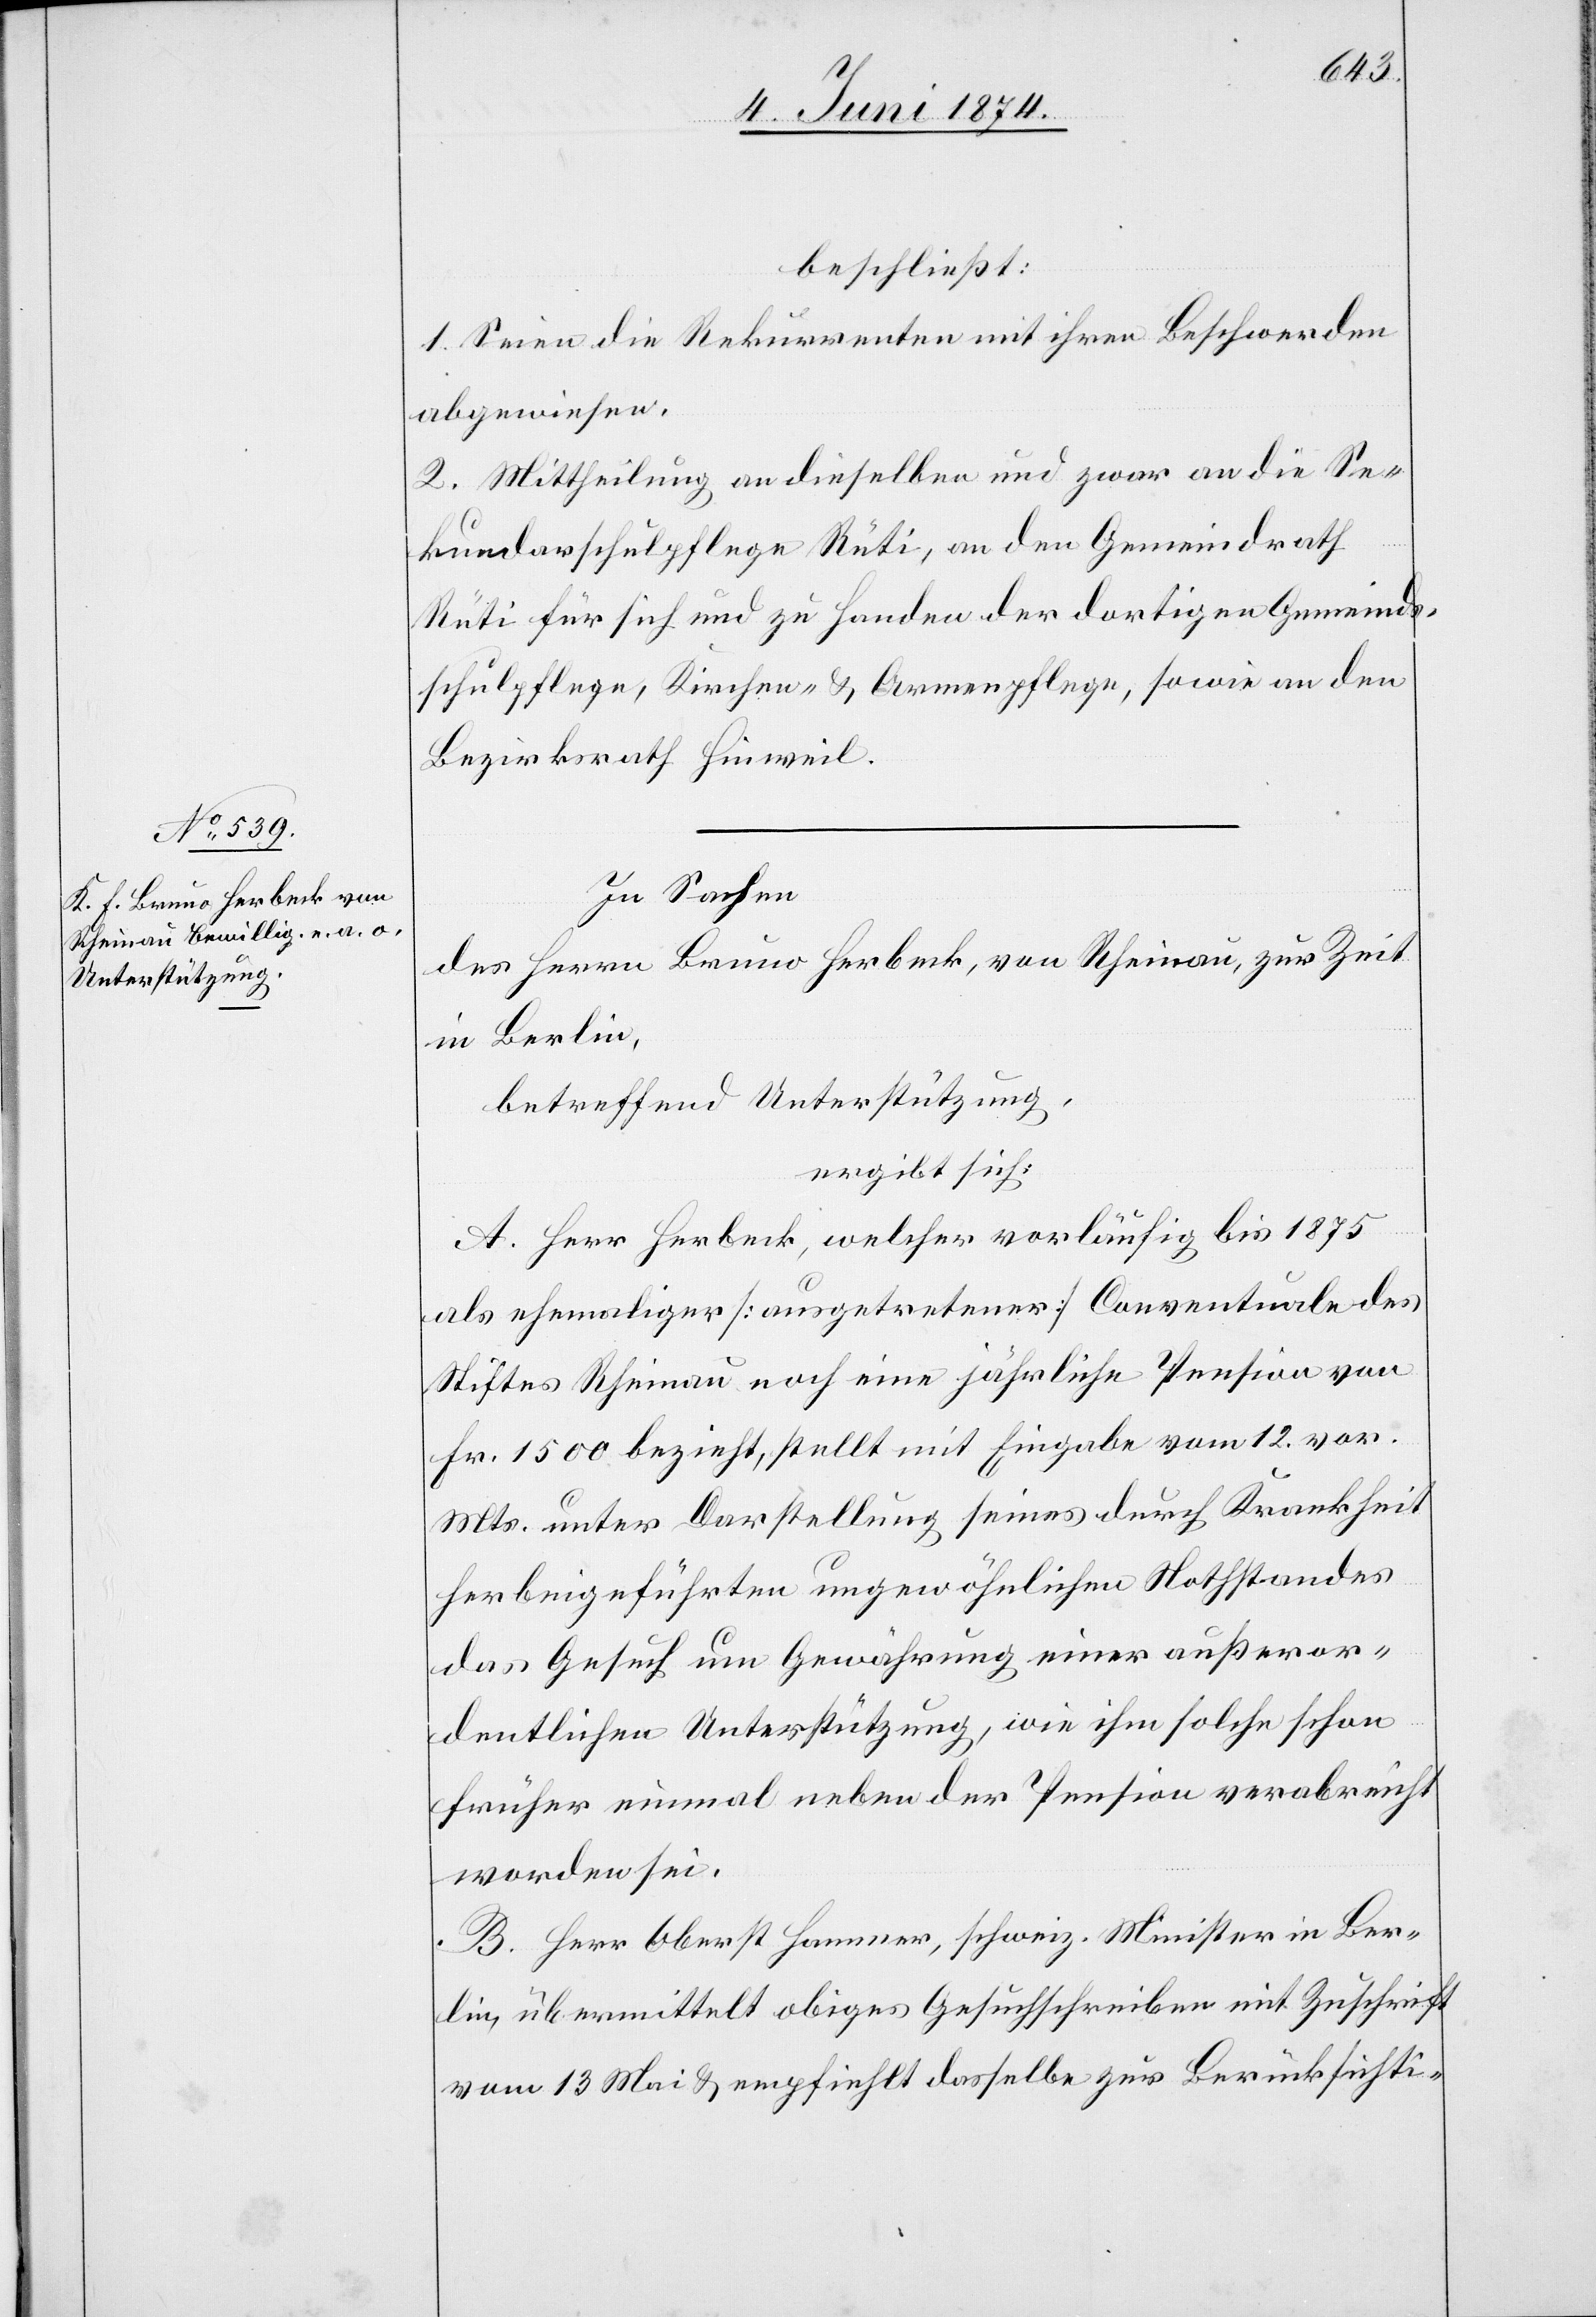
beschließt:
1. Seien die Rekurrenten mit ihren Beschwerden
abgewiesen.
2. Mittheilung an dieselben und zwar an die Se¬
kundarschulpflege Rüti, an den Gemeindrath
Rüti für sich und zu Handen der dortigen Gemeinds¬
schulpflege, Kirchen- u. Armenpflege, sowie an den
Bezirksrath Hinweil.
In Sachen
des Herrn Bruno Herbeck, von Rheinau, zur Zeit
in Berlin,
betreffend Unterstützung,
ergibt sich:
A. Herr Herbeck, welcher vorläufig bis 1875
als ehemaliger [ausgetretener] Conventurale des
Stiftes Rheinau noch eine jährliche Pension von
Fr. 1500 bezieht, stellt mit Eingabe vom 12. vor.
Mts. unter Darstellung seines durch Krankheit
herbeigeführten ungewöhnlichen Nothstandes
das Gesuch um Gewährung einer außeror¬
dentlichen Unterstützung, wie ihm solche schon
früher einmal neben der Pension verabreicht
worden sei.
B. Herr Oberst Hammer, schweiz. Minister in Ber¬
lin, übermittelt obiges Gesuchschreiben mit Zuschrift
vom 13. Mai u. empfiehlt dasselbe zur Berücksichti-